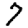
Digit: 7